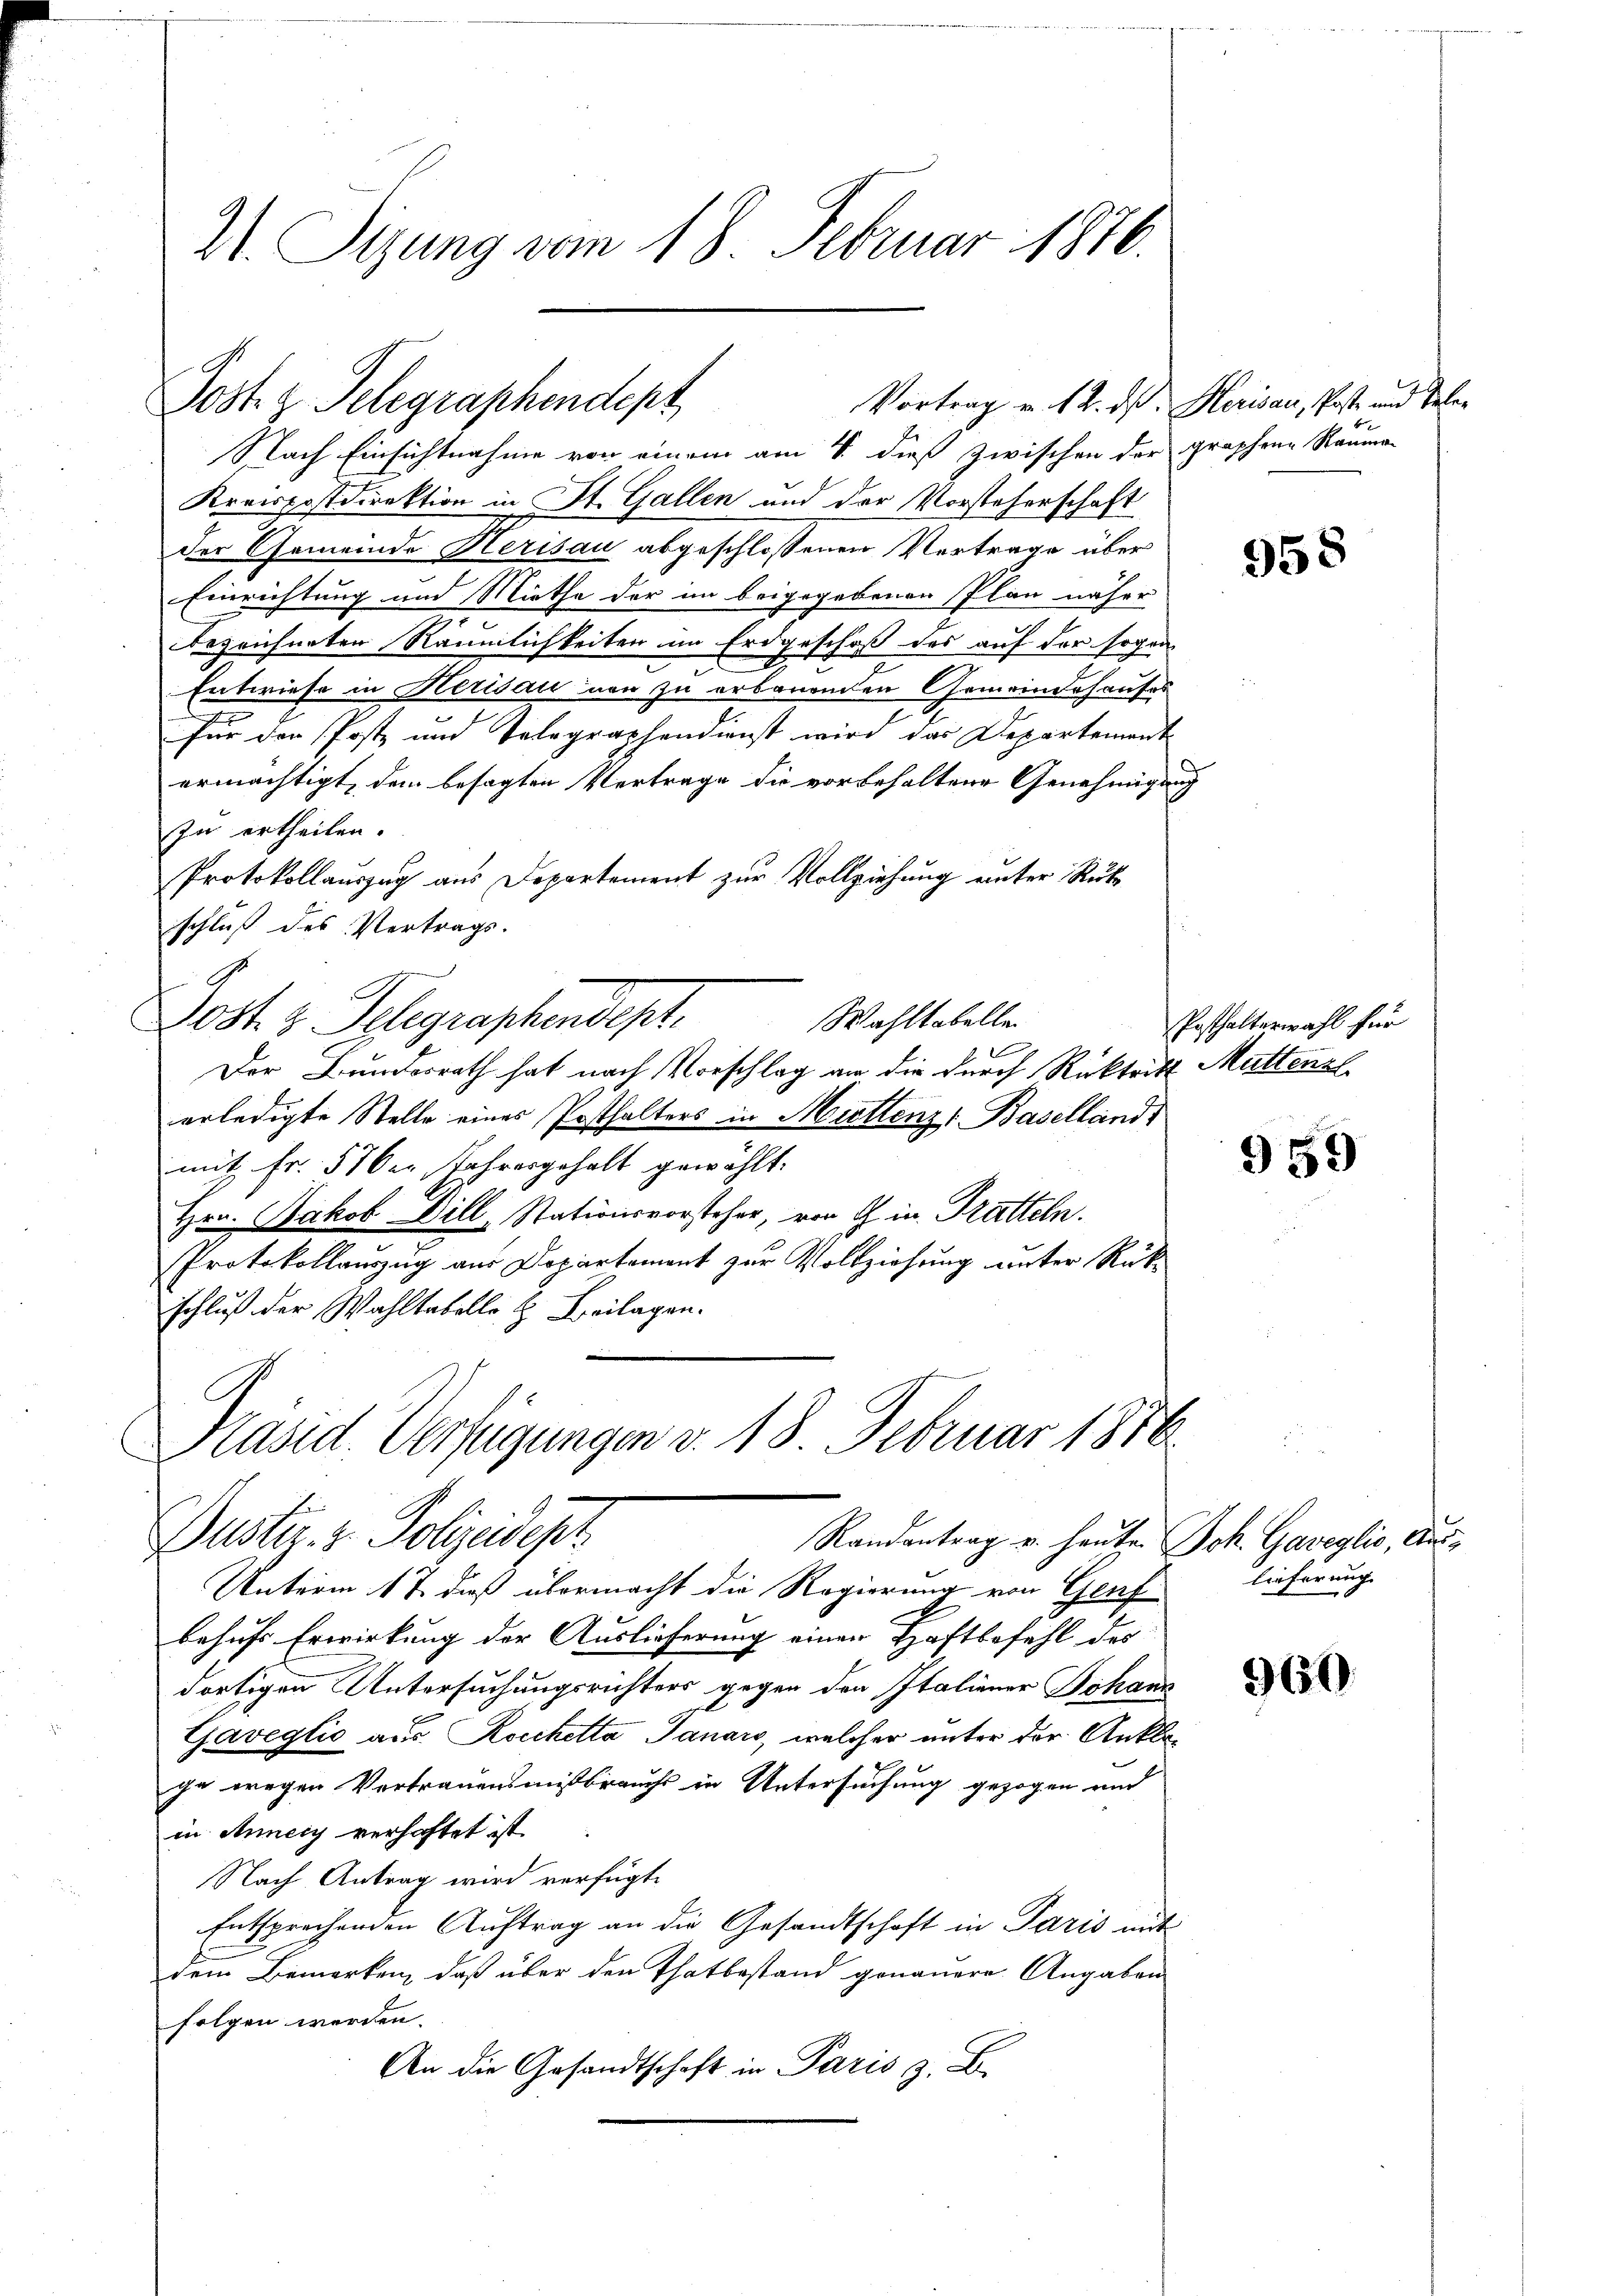
21. Sizung vom 18. Februar 1876.

Jost z. Telegraphendept

Nach Einsichtnahme von einem am 8. dieß zwischen der graphene Rauma-
Kreispostdirektion in St. Gallen und der Vorsteherschaft
der Gemeinde Herisau abgeschlossenen Vertrage über
Einrichtung und Miethe der im beigegebenen Plan näher
bezeichneten Räumlichkeiten im Erdgeschoß des auf der sogen-
Entwiese in Herisau von zu erbauenden Gemeindehauses
für der Post und Telegraphendienst wird das Departement
ermächtigt, dem besagten Vertrage die vorbehaltene Genehmigung
In ertheilen.
Protokollauszug aus Departement zur Vollziehung unter Rut
schluß des Vertrags.
Wahltabellen
Jost z. Telegraphendept.
Der Bundesrath hat nach Vorschlag an die durch Rücktritt Muttenzl
erledigte Stelle eines Posthalters in Muttenz, Basellands
mit Fr. 570er Jahresgehalt gewählt.
Hrn. Jakob Dill-Stationsvorsteher, von G. in Tratteln.
m
Protokollauszug aus Departement zur Vollziehung unter Rükschluß der Wahltabelle H. Beilagen.
Präsid. Verfügungen v. 18 Februar 1876
Duster. z. Polizeidept
Randantrag u. heute Joh. Gaveglio, Aus¬
Unterm 17. daß übermacht die Regierung von Genfbehufs Erwirkung der Auslieferung einen Haftbefehl des
dortigen Untersuchungsrichters gegen den Italiener Johann
Gaveglić aus Kocchetta Janaro, welcher unter der Anklage wegen Vertrauensmißbrauchs in Untersuchung gezogen und
in Anneiy verhaftet ist.
Nach Antrag wird verfügt:
Entsprechenden Auftrag an die Gesandtschaft in Paris mit
dem Bemerken, daß über den Thatbestand genauere Angaben
folgen werden.
An die Gesandtschaft in Paris 3. E.

Vortrag v. 12. ds. Herisau, Post- und Teleb

958

Posthalterwahl für

959

lieferung

960